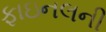
ફાઇનલની